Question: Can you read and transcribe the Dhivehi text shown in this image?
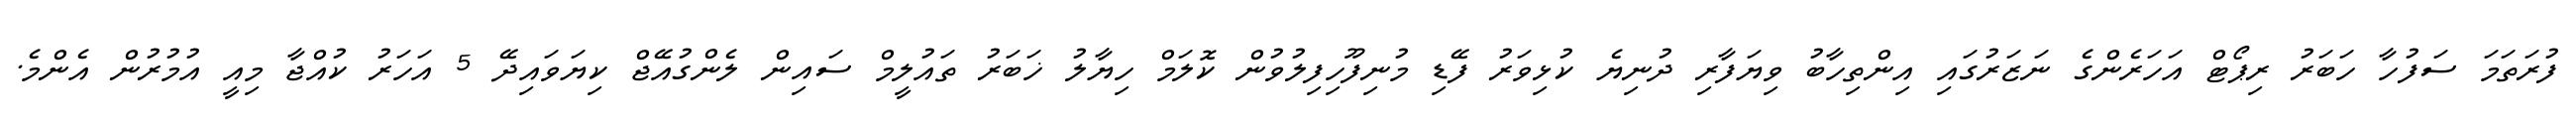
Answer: ފުރަތަމަ ސަފުހާ ހަބަރު ރިޕޯޓް އަހަރެންގެ ނަޒަރުގައި އިންތިހާބު ވިޔަފާރި ދުނިޔެ ކުޅިވަރު ފޭޑި މުނިފޫހިފިލުވުން ކޮލަމް ހިޔާލު ޚަބަރު ތައުލީމް ސައިން ލެންގުއޭޖް ކިޔަވައިދޭ 5 އަހަރު ކުއްޖާ މިއީ އުމުރުން އެންމެ.